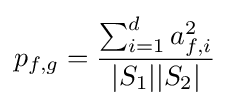
p_{f,g}={\frac {\sum _{i=1}^{d}a_{f,i}^{2}}{|S_{1}||S_{2}|}}